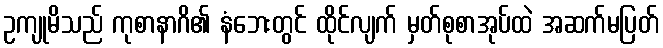
ဥကျုမိသည် ကုစာနာဂိ၏ နံဘေးတွင် ထိုင်လျက် မှတ်စုစာအုပ်ထဲ အဆက်မပြတ်